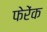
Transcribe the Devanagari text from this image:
फेरेंक